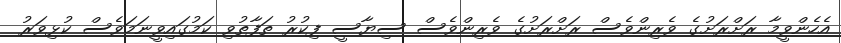
އެހެންވީމާ ރަށްރަށުގެ ވެރިންވެސް ރަށްރަށުގެ ވެރިންވެސް ސިޔާސީ ފިކުރު ތަފާތުވި ކަމުގައިވީނަމަވެސް ކުޅިވަރު